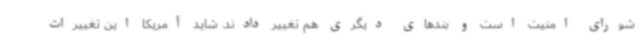
شورای امنیت است و بندهای دیگری هم تغییر دادند. شاید آمریکا این تغییرات